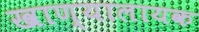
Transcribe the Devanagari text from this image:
खाण्यालायक